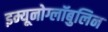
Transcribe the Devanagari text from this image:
इम्यूनोग्लॉबुलिन